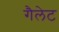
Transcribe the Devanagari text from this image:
गैलेट